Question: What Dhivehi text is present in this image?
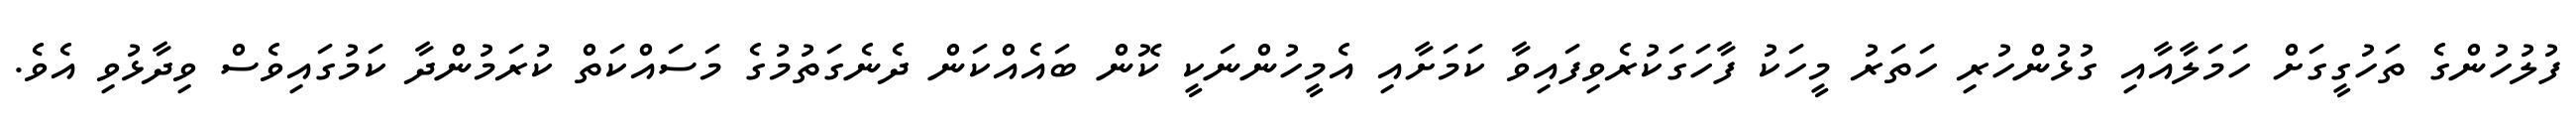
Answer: ފުލުހުންގެ ތަހުގީގަށް ހަމަލާއާއި ގުޅުންހުރި ހަތަރު މީހަކު ފާހަގަކުރެވިފައިވާ ކަމަށާއި އެމީހުންނަކީ ކޮން ބައެއްކަން ދެނެގަތުމުގެ މަސައްކަތް ކުރަމުންދާ ކަމުގައިވެސް ވިދާޅުވި އެވެ.